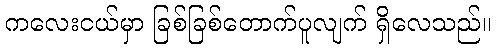
ကလေးငယ်မှာ ခြစ်ခြစ်တောက်ပူလျက် ရှိလေသည်။